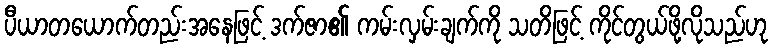
ပီယာတယောက်တည်းအနေဖြင့် ဒက်ဇာ၏ ကမ်းလှမ်းချက်ကို သတိဖြင့် ကိုင်တွယ်ဖို့လိုသည်ဟု